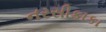
નરસીકાકા